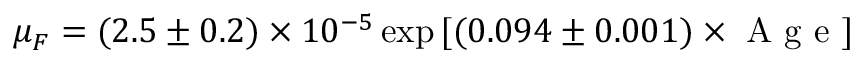
\mu _ { F } = ( 2 . 5 \pm 0 . 2 ) \times 1 0 ^ { - 5 } \exp { [ ( 0 . 0 9 4 \pm 0 . 0 0 1 ) \times \mathrm { ~ A ~ g ~ e ~ } ] }